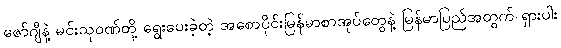
ဇော်ဂျီနဲ့ မင်းသုဝဏ်တို့ ရွေးပေးခဲ့တဲ့ အစောပိုင်းမြန်မာစာအုပ်တွေနဲ့ မြန်မာပြည်အတွက် ရှားပါး